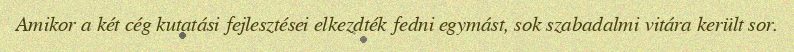
Amikor a két cég kutatási fejlesztései elkezdték fedni egymást, sok szabadalmi vitára került sor.